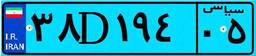
۱۴D۴۱۹۰۵